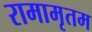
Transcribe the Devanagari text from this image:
रामामृतम